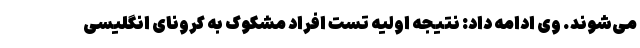
می‌شوند. وی ادامه داد: نتیجه اولیه تست افراد مشکوک به کرونای انگلیسی